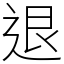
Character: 退